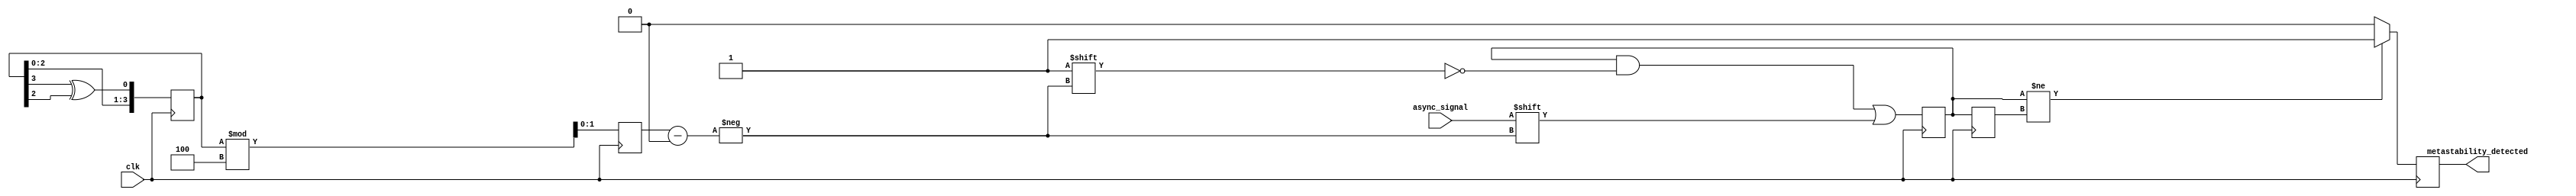
module metastability_detector #(
    parameter NUM_SAMPLES = 4, // Number of sampling flip-flops
    parameter CLOCK_FREQ = 50,  // Clock frequency in MHz
    parameter DEBOUNCE_TIME = 5  // Debounce time in clock cycles
)(
    input wire clk,              // Clock signal
    input wire async_signal,     // Asynchronous input signal
    output reg metastability_detected // Output signal indicating metastability
);

    // Sampling flip-flops
    reg [NUM_SAMPLES-1:0] sampled_signals;
    reg [NUM_SAMPLES-1:0] sampled_signals_prev;

    // Random sampling mechanism
    reg [$clog2(NUM_SAMPLES)-1:0] random_index;

    // Debounce logic
    reg [DEBOUNCE_TIME-1:0] debounce_counter;
    reg debounce_signal;

    // Random number generator (simple LFSR for demonstration)
    reg [3:0] lfsr;
    always @(posedge clk) begin
        lfsr <= {lfsr[2:0], lfsr[3] ^ lfsr[2]}; // Simple LFSR for randomness
        random_index <= lfsr % NUM_SAMPLES; // Random index for sampling
    end

    // Sampling process
    always @(posedge clk) begin
        sampled_signals[random_index] <= async_signal; // Sample the async signal
    end

    // Metastability detection logic
    always @(posedge clk) begin
        sampled_signals_prev <= sampled_signals; // Store previous sampled signals
        if (sampled_signals != sampled_signals_prev) begin
            metastability_detected <= 1'b1; // Discrepancy detected
        end else begin
            metastability_detected <= 1'b0; // No discrepancy
        end
    end

    // Debouncing logic
    always @(posedge clk) begin
        if (metastability_detected) begin
            debounce_counter <= 0; // Reset counter on detection
            debounce_signal <= 1'b1; // Assert debounce signal
        end else if (debounce_signal) begin
            if (debounce_counter < DEBOUNCE_TIME - 1) begin
                debounce_counter <= debounce_counter + 1; // Increment counter
            end else begin
                debounce_signal <= 1'b0; // Deassert debounce signal after time
            end
        end
    end

endmodule